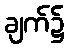
ချက်၌